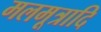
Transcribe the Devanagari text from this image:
मलमूत्रादि